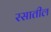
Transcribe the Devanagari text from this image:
रसातील